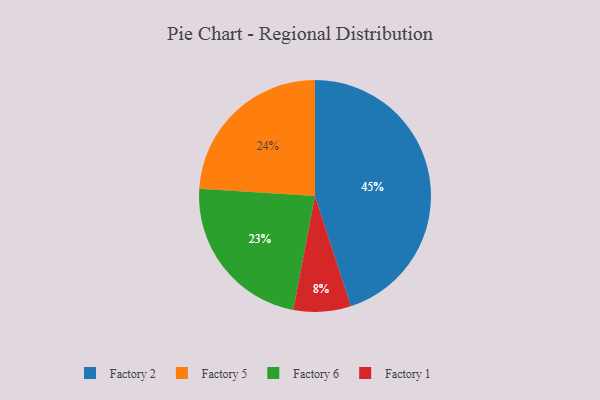
{"axis": {"x": "Category", "y": "Percentage"}, "legend": ["Factory 1", "Factory 2", "Factory 5", "Factory 6"], "data": [{"x": "Factory 5", "y": 24, "type": "Factory 5"}, {"x": "Factory 2", "y": 45, "type": "Factory 2"}, {"x": "Factory 6", "y": 23, "type": "Factory 6"}, {"x": "Factory 1", "y": 8, "type": "Factory 1"}]}